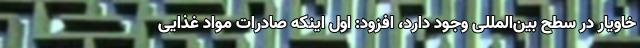
خاویار در سطح بین‌المللی وجود دارد، افزود: اول اینکه صادرات مواد غذایی